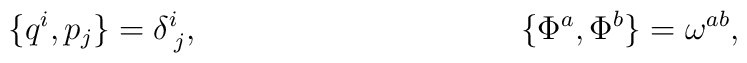
\{ q^i, p_j \} = \delta^i_{\;j}, \hspace{1.6in} \{\Phi^a,\Phi^b\} = \omega^{ab},